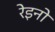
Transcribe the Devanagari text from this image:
रेइनो